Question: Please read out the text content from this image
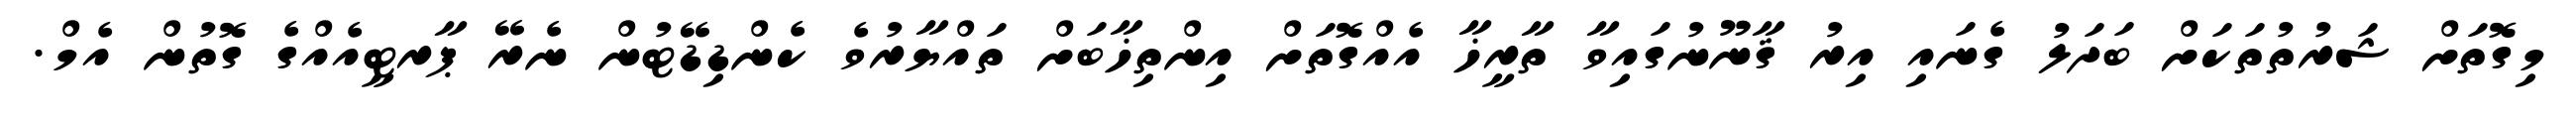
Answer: މިގޮތަށް ޝަރުތުތަކަށް ބަދަލު ގެނައި އިރު ޤާނޫނުގައިވާ ތާރީޚާ އެއްގޮތަށް އިންތިޚާބަށް ތައްޔާރުވެ ކެންޑިޑޭޓުން ނެރޭ ޕާރޓީއެއްގެ ގޮތުން އެމް.